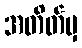
အတိတ်မှ